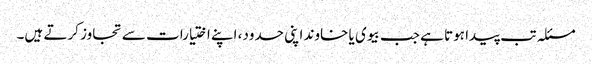
مسئلہ تب پیدا ہوتا ہے جب بیوی یا خاوند اپنی حدود، اپنے اختیارات سے تجاوز کرتے ہیں۔